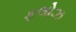
ફલોઝ